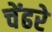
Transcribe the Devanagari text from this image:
चेंढरे